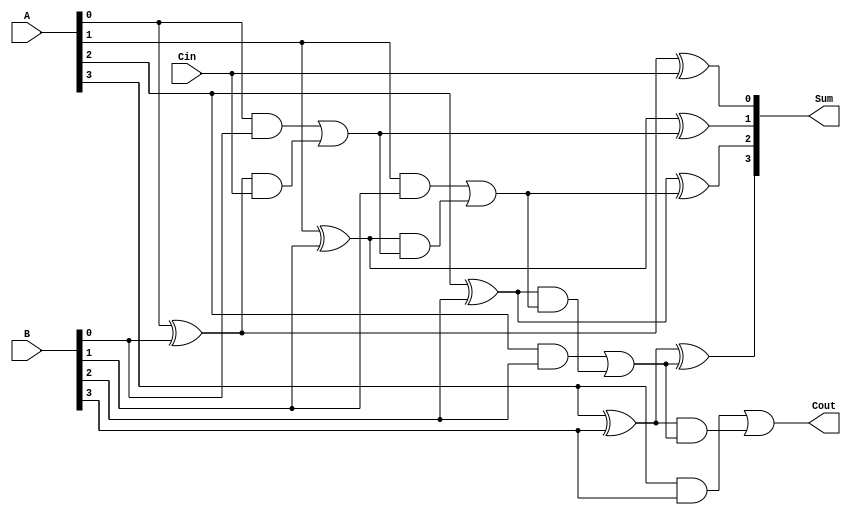
module carry_lookahead_adder #(parameter N = 4) (
    input  [N-1:0] A,    // First operand
    input  [N-1:0] B,    // Second operand
    input         Cin,    // Carry input
    output [N-1:0] Sum,   // Sum output
    output        Cout     // Carry output
);

// Generate and propagate signals
wire [N-1:0] G; // Generate signals
wire [N-1:0] P; // Propagate signals
wire [N:0] C;   // Carry signals

// Generate and propagate calculations
genvar i;
generate
    for (i = 0; i < N; i = i + 1) begin : gp_gen
        assign G[i] = A[i] & B[i];      // Generate: G_i = A_i * B_i
        assign P[i] = A[i] ^ B[i];      // Propagate: P_i = A_i ^ B_i
    end
endgenerate

// Carry calculations
assign C[0] = Cin; // Initial carry input
generate
    for (i = 1; i <= N; i = i + 1) begin : carry_gen
        assign C[i] = G[i-1] | (P[i-1] & C[i-1]); // C_i = G_{i-1} + (P_{i-1} * C_{i-1})
    end
endgenerate

// Sum calculations
generate
    for (i = 0; i < N; i = i + 1) begin : sum_gen
        assign Sum[i] = P[i] ^ C[i]; // Sum: S_i = P_i ^ C_i
    end
endgenerate

// Carry output
assign Cout = C[N]; // Final carry out

endmodule